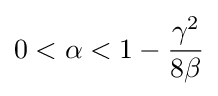
0<\alpha <1-{\frac {\gamma ^{2}}{8\beta }}